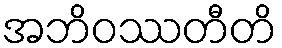
အဘိဝဿတီတိ